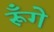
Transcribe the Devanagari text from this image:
रूँगे